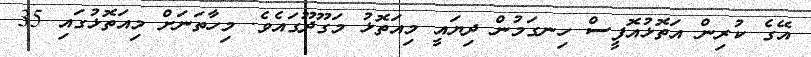
އޭގެ ކުރިން އަތޮޅުއޮފީސް ހިނގަމުން ދިޔައީ މިއަތޮޅު މަގޫދޫގައެވެ. މިހާތަނަށް މިއަތޮޅުގައި 35